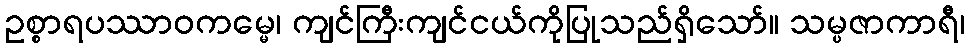
ဥစ္စာရပဿာဝကမ္မေ၊ ကျင်ကြီးကျင်ငယ်ကိုပြုသည်ရှိသော်။ သမ္ပဇာကာရီ၊